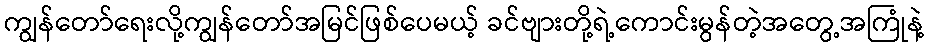
ကျွန်တော်ရေးလို့ကျွန်တော်အမြင်ဖြစ်ပေမယ့် ခင်ဗျားတို့ရဲ့ကောင်းမွန်တဲ့အတွေ့အကြုံနဲ့